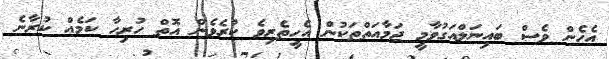
އެހެން ވެސް ބައިނަލްއަގުވާމީ ޖަމާއަތްތަކުން އެހީތެރިވެ ކުރެވެން އޮތް ހުރިހާ ކަމެއް ކުރާނެ